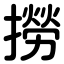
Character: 撈